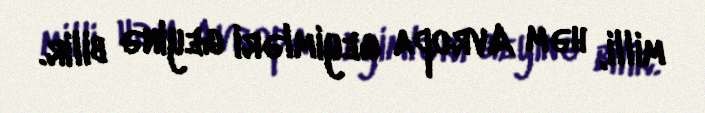
milli, həm Avropa geyimləri geyinə bilir.